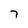
Character: 7